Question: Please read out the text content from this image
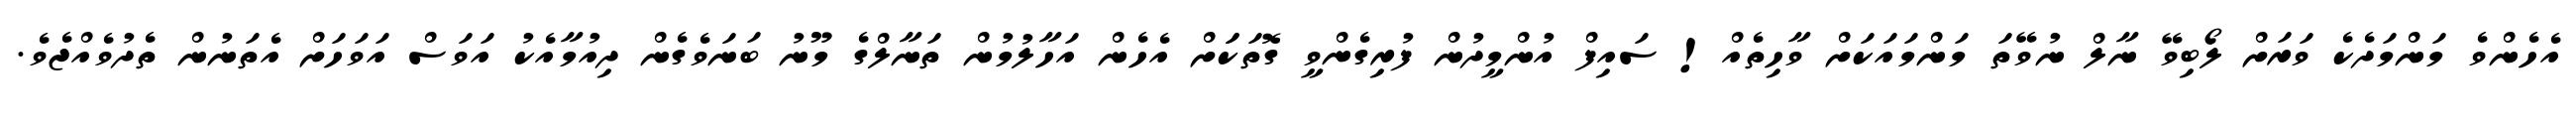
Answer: އެހެންވެ މަންމަދެކެ ވަރަށް ލޯބިވޭ ނާލް ނުވޭތަ މަންމައަކަށް ވާހިތެއް! ސައިފް އުންމީދުން ފުރިގެންވީ ގޮތަކަަށް އެހެން އަހާލުމުން ތަނާލްގެ މޫނު ބަނަވެގެން ދިއުމާއެކު އަވަސް އަވަހަށް އެތަނުން ތެދުވެއްޖެވެ.